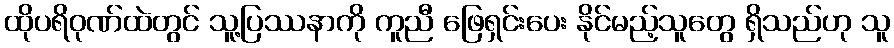
ထိုပရိဝုဏ်ထဲတွင် သူ့ပြဿနာကို ကူညီ ဖြေရှင်းပေး နိုင်မည့်သူတွေ ရှိသည်ဟု သူ